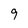
Character: 9